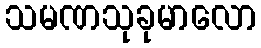
သမဏသုခုမာလော